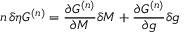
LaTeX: n \, \delta \eta G ^ { ( n ) } = { \frac { \partial G ^ { ( n ) } } { \partial M } } \delta M + { \frac { \partial G ^ { ( n ) } } { \partial g } } \delta g